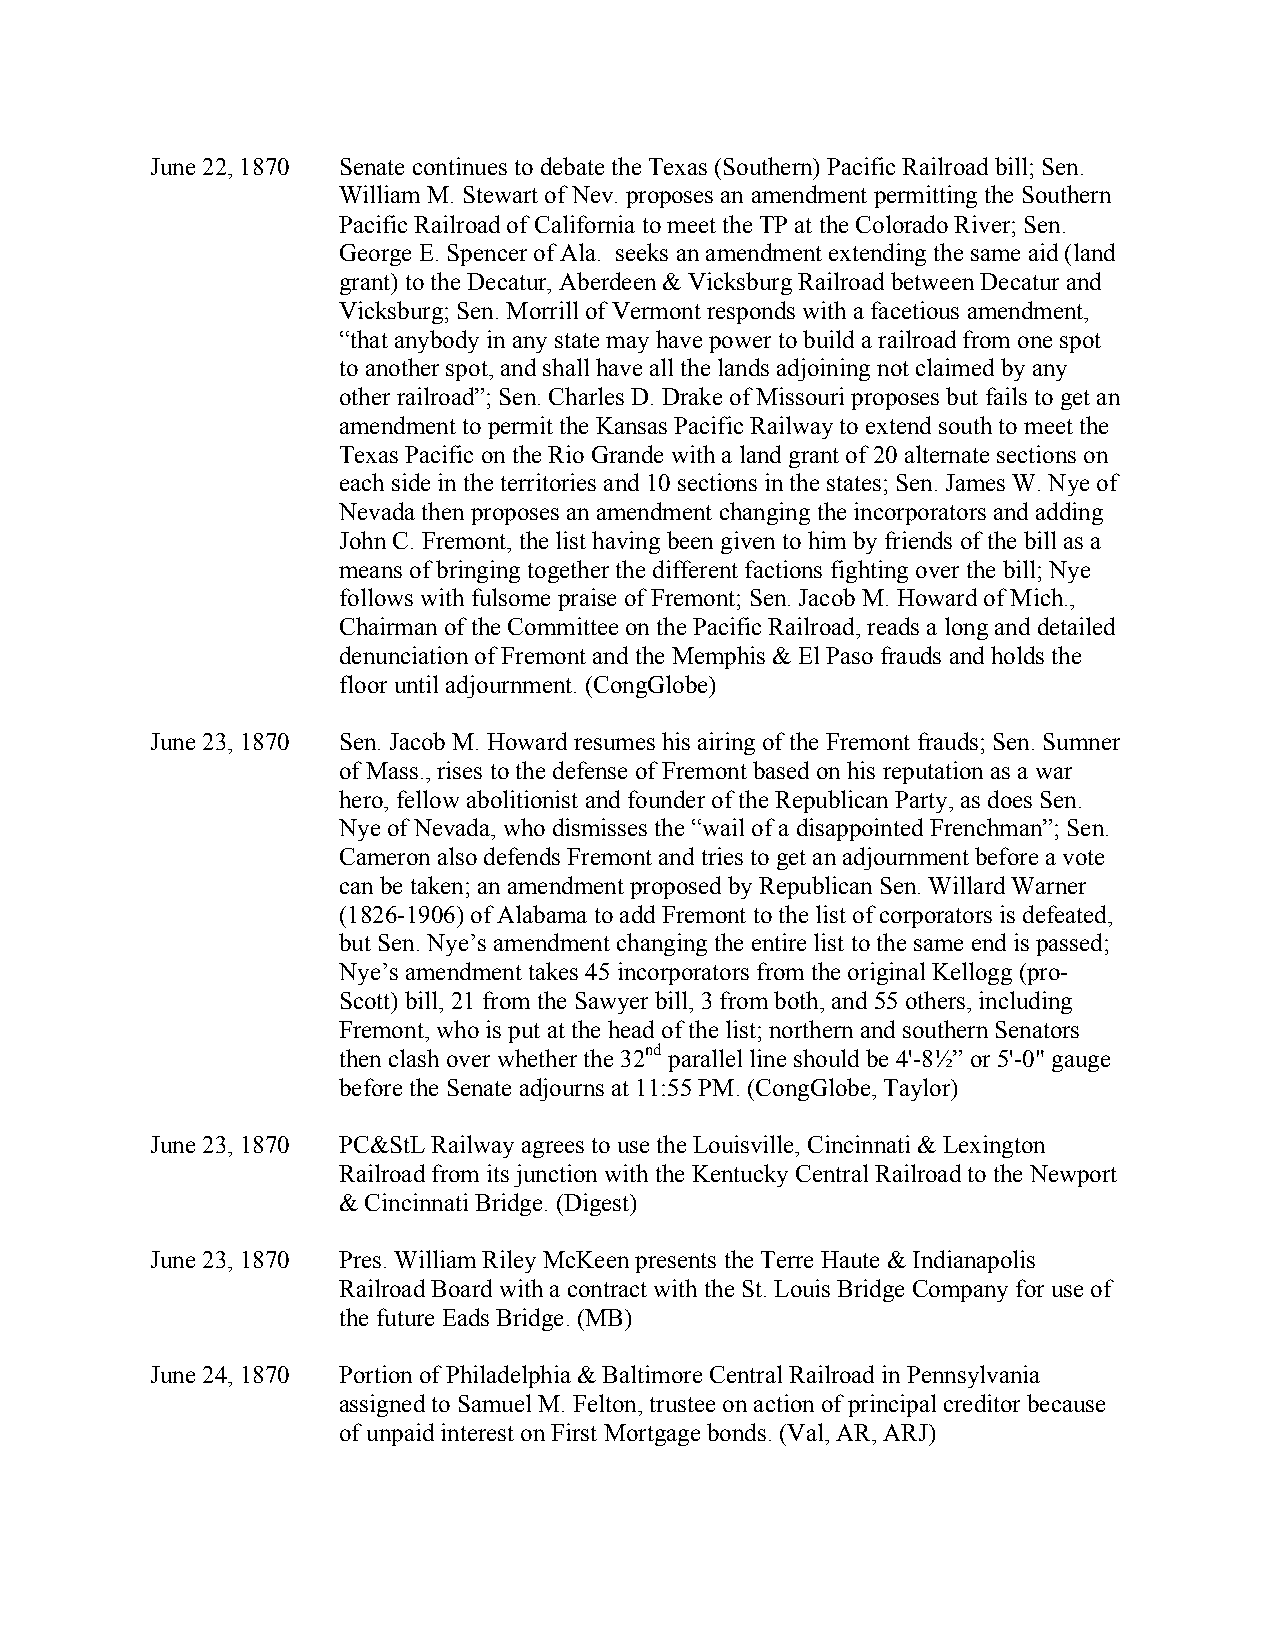
June 22, 1870 Senate continues to debate the Texas (Southern) Pacific Railroad bill; Sen.
 William M. Stewart of Nev. proposes an amendment permitting the Southern
 Pacific Railroad of California to meet the TP at the Colorado River; Sen.
 George E. Spencer of Ala. seeks an amendment extending the same aid (land
 grant) to the Decatur, Aberdeen & Vicksburg Railroad between Decatur and
 Vicksburg; Sen. Morrill of Vermont responds with a facetious amendment,
 “that anybody in any state may have power to build a railroad from one spot
 to another spot, and shall have all the lands adjoining not claimed by any
 other railroad”; Sen. Charles D. Drake of Missouri proposes but fails to get an
 amendment to permit the Kansas Pacific Railway to extend south to meet the
 Texas Pacific on the Rio Grande with a land grant of 20 alternate sections on
 each side in the territories and 10 sections in the states; Sen. James W. Nye of
 Nevada then proposes an amendment changing the incorporators and adding
 John C. Fremont, the list having been given to him by friends of the bill as a
 means of bringing together the different factions fighting over the bill; Nye
 follows with fulsome praise of Fremont; Sen. Jacob M. Howard of Mich.,
 Chairman of the Committee on the Pacific Railroad, reads a long and detailed
 denunciation of Fremont and the Memphis & El Paso frauds and holds the
 floor until adjournment. (CongGlobe)
 June 23, 1870 Sen. Jacob M. Howard resumes his airing of the Fremont frauds; Sen. Sumner
 of Mass., rises to the defense of Fremont based on his reputation as a war
 hero, fellow abolitionist and founder of the Republican Party, as does Sen.
 Nye of Nevada, who dismisses the “wail of a disappointed Frenchman”; Sen.
 Cameron also defends Fremont and tries to get an adjournment before a vote
 can be taken; an amendment proposed by Republican Sen. Willard Warner
 (1826-1906) of Alabama to add Fremont to the list of corporators is defeated,
 but Sen. Nye’s amendment changing the entire list to the same end is passed;
 Nye’s amendment takes 45 incorporators from the original Kellogg (pro-
 Scott) bill, 21 from the Sawyer bill, 3 from both, and 55 others, including
 Fremont, who is put at the head of the list; northern and southern Senators
 then clash over whether the 32nd parallel line should be 4'-8½” or 5'-0" gauge
 before the Senate adjourns at 11:55 PM. (CongGlobe, Taylor)
 June 23, 1870 PC&StL Railway agrees to use the Louisville, Cincinnati & Lexington
 Railroad from its junction with the Kentucky Central Railroad to the Newport
 & Cincinnati Bridge. (Digest)
 June 23, 1870 Pres. William Riley McKeen presents the Terre Haute & Indianapolis
 Railroad Board with a contract with the St. Louis Bridge Company for use of
 the future Eads Bridge. (MB)
 June 24, 1870 Portion of Philadelphia & Baltimore Central Railroad in Pennsylvania
 assigned to Samuel M. Felton, trustee on action of principal creditor because
 of unpaid interest on First Mortgage bonds. (Val, AR, ARJ)